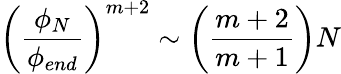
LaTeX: \left(\frac{\phi_{N}}{\phi_{end}}\right)^{m+2}\sim\left(\frac{m+2}{m+1}\right)N